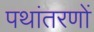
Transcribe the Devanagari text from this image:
पथांतरणों